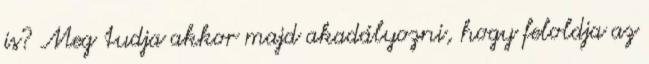
is? Meg tudja akkor majd akadályozni, hogy feloldja az